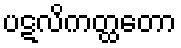
ပဋလိကတ္ထတော